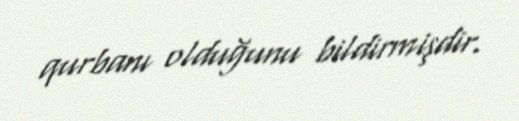
qurbanı olduğunu bildirmişdir.